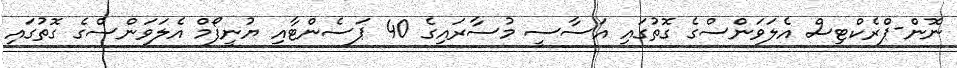
ނޮން-ޕްރެކްޓިސް އެލަވަންސްގެ ގޮތުގައި އަސާސީ މުސާރައިގެ 40 ޕަސެންޓާއި ޔުނީފޯމް އެލަވަންސްގެ ގޮތުގައި